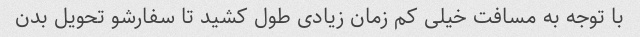
با توجه به مسافت خیلی کم زمان زیادی طول کشید تا سفارشو تحویل بدن